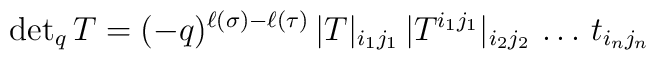
{\rm det}_q\, T=(-q)^{\ell(\sigma)-\ell(\tau)}\,|T|_{i_1j_1} \, |T^{i_1j_1}|_{i_2j_2}\,\ldots\, t_{i_nj_n}